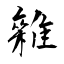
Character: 雜